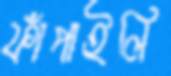
ফাঁপাইলি